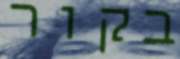
בקור